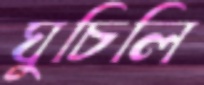
ঘুচিলি